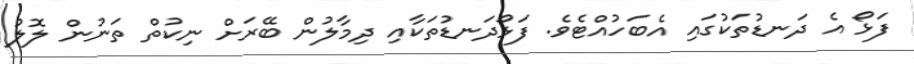
ފަޅޯ އެ ދަނޑުތަކުގައި އެބަހުއްޓެވެ. ފަޅޯދަނޑުތަކާއި ދިމާލުން ބޭރަށް ނިކުތް ތަނުން ލޮލު